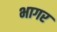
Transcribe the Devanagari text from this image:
भागर